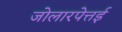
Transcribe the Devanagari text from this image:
जोलारपेत्तई